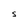
Character: S